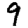
Digit: 9